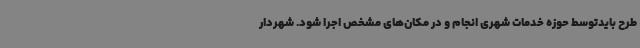
طرح بایدتوسط حوزه خدمات شهری انجام و در مکان‌های مشخص اجرا شود. شهردار